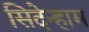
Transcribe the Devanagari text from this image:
सिदेन्हाम